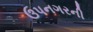
ઉપનગરની